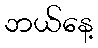
ဘယ်နေ့